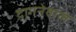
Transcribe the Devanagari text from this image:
दागनेवाले